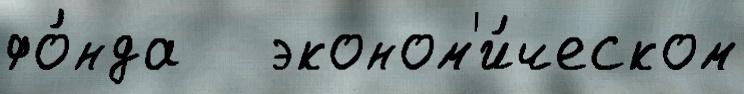
фо́нда   эконом'и́ческом